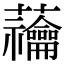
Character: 𧆆